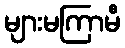
များမကြာမီ